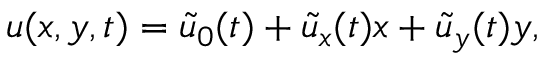
{ u } ( x , y , t ) = \tilde { u } _ { 0 } ( t ) + \tilde { u } _ { x } ( t ) x + \tilde { u } _ { y } ( t ) y ,